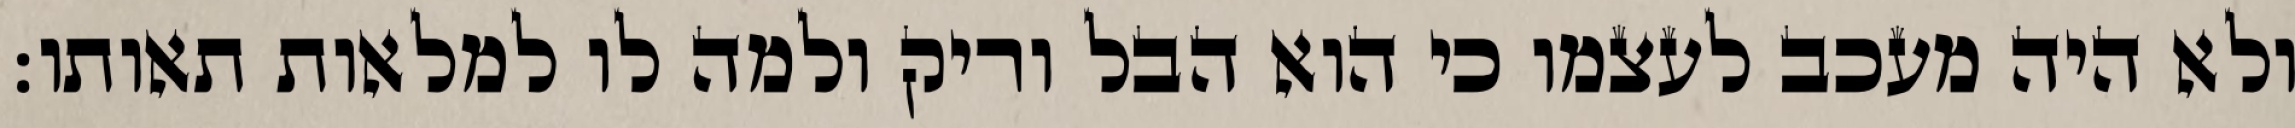
ולא היה מעכב לעצמו כי הוא הבל וריק ולמה לו למלאות תאותו: